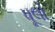
પૂલો